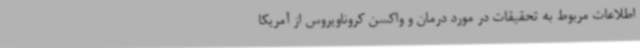
اطلاعات مربوط به تحقیقات در مورد درمان و واکسن کروناویروس از آمریکا